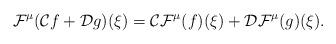
LaTeX: \begin{align*} \mathcal{F}^\mu (\mathcal{C}f + \mathcal{D}g)(\xi) = \mathcal{C}\mathcal{F}^\mu (f)(\xi) + \mathcal{D}\mathcal{F}^\mu (g)(\xi).\end{align*}